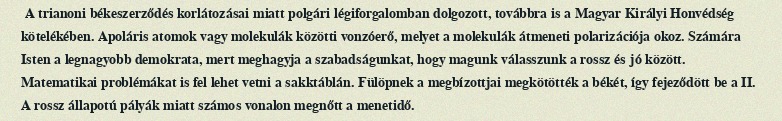
A trianoni békeszerződés korlátozásai miatt polgári légiforgalomban dolgozott, továbbra is a Magyar Királyi Honvédség kötelékében. Apoláris atomok vagy molekulák közötti vonzóerő, melyet a molekulák átmeneti polarizációja okoz. Számára Isten a legnagyobb demokrata, mert meghagyja a szabadságunkat, hogy magunk válasszunk a rossz és jó között. Matematikai problémákat is fel lehet vetni a sakktáblán. Fülöpnek a megbízottjai megkötötték a békét, így fejeződött be a II. A rossz állapotú pályák miatt számos vonalon megnőtt a menetidő.